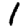
Digit: 1